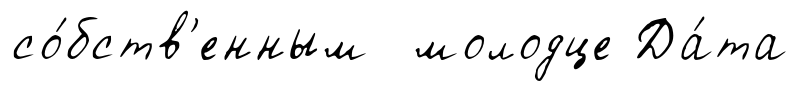
со́бств'енным молодце Да́та